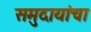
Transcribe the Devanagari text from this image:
समुदायांचा